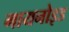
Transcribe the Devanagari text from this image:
गायनोइड